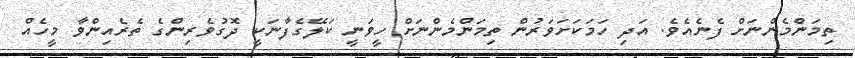
ތިމަންމެންނަށް ފެނެއެވެ. އަދި ހަމަކަށަވަރުން ތިމަންމެންނަށް ހީވަނީ ކަލޭގެފާނަކީ ދޮގުވެރިންގެ ތެރެއިންވާ މީހެއް